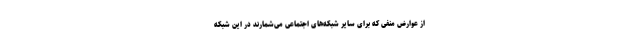
از عوارض منفی که برای سایر شبکه‌های اجتماعی می‌شمارند در این شبکه